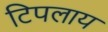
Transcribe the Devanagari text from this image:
टिपलाय